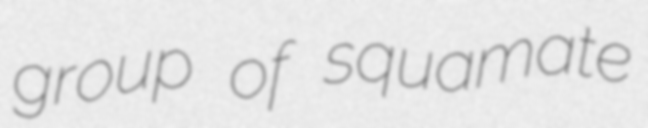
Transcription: group of squamate